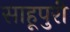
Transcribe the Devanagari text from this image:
साहूपुरी